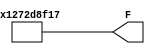
`timescale 1ns / 1ps
//////////////////////////////////////////////////////////////////////////////////
// Company: 
// Engineer: 
// 
// Design Name: 
// Module Name:    Division 
// Project Name: 
// Target Devices: 
// Tool versions: 
// Description: 
//
// Dependencies: 
//
// Revision: 
// Revision 0.01 - File Created
// Additional Comments: 
//
//////////////////////////////////////////////////////////////////////////////////
module Division(
    output [33:0] F
    );
	 
assign F= (101906178/1024)*(101915213/2048);	 

endmodule